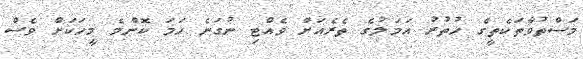
މަސްތުވާތަކެތީގެ ހުތުރު އަމަލުގެ ތެރެއަށް ވެއްޓި ނުގަނެ ހަމަ ކޮންމެ މީހަކަށް ވެސް